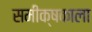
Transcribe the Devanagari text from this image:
समीक्षकाला